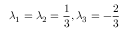
\lambda _ { 1 } = \lambda _ { 2 } = \frac { 1 } { 3 } , \lambda _ { 3 } = - \frac { 2 } { 3 }